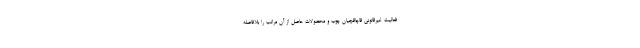
فعالیت غیرقانونی قاچاقچیان چوب و محصولات حاصل از آن مراتب را بلافاصله